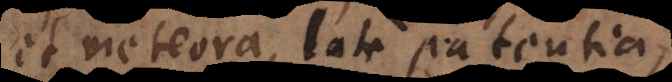
et meteora, late patentia,